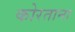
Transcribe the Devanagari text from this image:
कोरताना